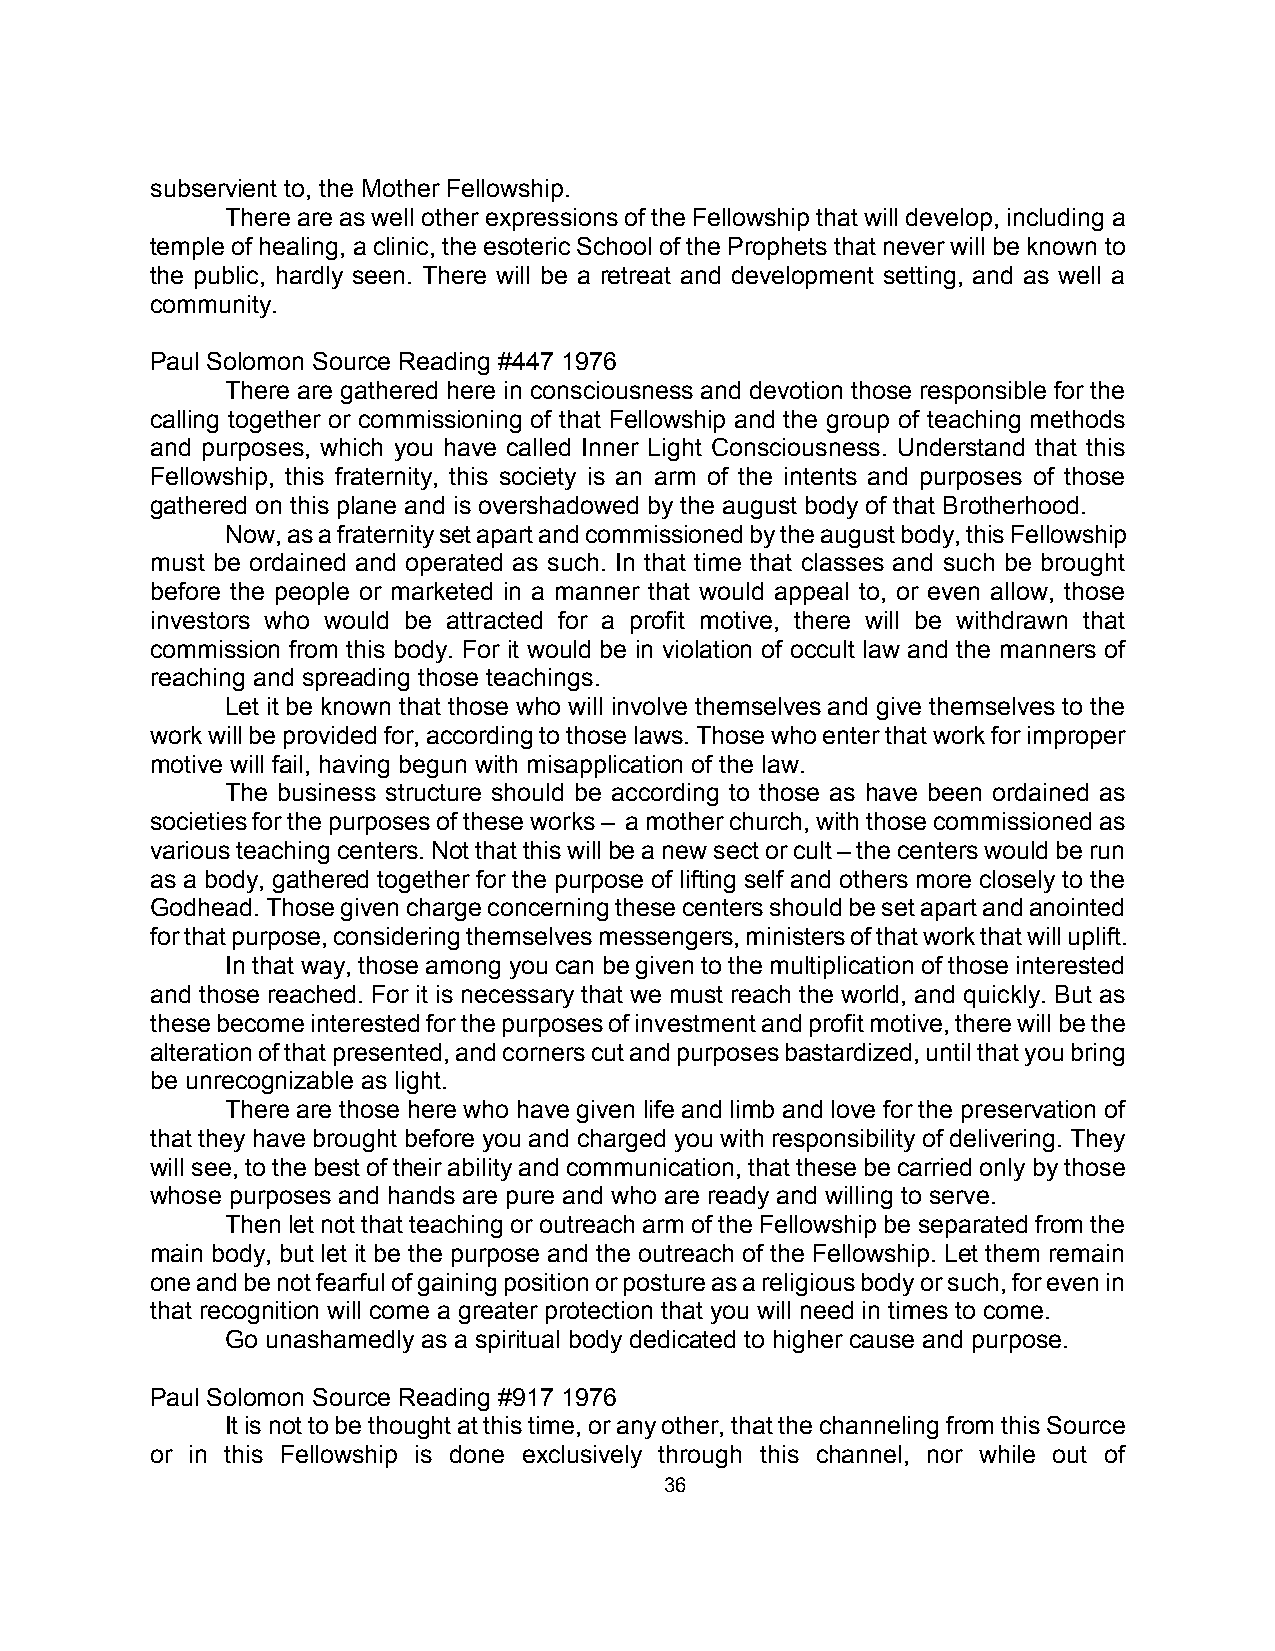
subservient to, the Mother Fellowship.
 There are as well other expressions of the Fellowship that will develop, including a
 temple of healing, a clinic, the esoteric School of the Prophets that never will be known to
 the public, hardly seen. There will be a retreat and development setting, and as well a
 community.
 Paul Solomon Source Reading #447 1976
 There are gathered here in consciousness and devotion those responsible for the
 calling together or commissioning of that Fellowship and the group of teaching methods
 and purposes, which you have called Inner Light Consciousness. Understand that this
 Fellowship, this fraternity, this society is an arm of the intents and purposes of those
 gathered on this plane and is overshadowed by the august body of that Brotherhood.
 Now, as a fraternity set apart and commissioned by the august body, this Fellowship
 must be ordained and operated as such. In that time that classes and such be brought
 before the people or marketed in a manner that would appeal to, or even allow, those
 investors who would be attracted for a profit motive, there will be withdrawn that
 commission from this body. For it would be in violation of occult law and the manners of
 reaching and spreading those teachings.
 Let it be known that those who will involve themselves and give themselves to the
 work will be provided for, according to those laws. Those who enter that work for improper
 motive will fail, having begun with misapplication of the law.
 The business structure should be according to those as have been ordained as
 societies for the purposes of these works – a mother church, with those commissioned as
 various teaching centers. Not that this will be a new sect or cult – the centers would be run
 as a body, gathered together for the purpose of lifting self and others more closely to the
 Godhead. Those given charge concerning these centers should be set apart and anointed
 for that purpose, considering themselves messengers, ministers of that work that will uplift.
 In that way, those among you can be given to the multiplication of those interested
 and those reached. For it is necessary that we must reach the world, and quickly. But as
 these become interested for the purposes of investment and profit motive, there will be the
 alteration of that presented, and corners cut and purposes bastardized, until that you bring
 be unrecognizable as light.
 There are those here who have given life and limb and love for the preservation of
 that they have brought before you and charged you with responsibility of delivering. They
 will see, to the best of their ability and communication, that these be carried only by those
 whose purposes and hands are pure and who are ready and willing to serve.
 Then let not that teaching or outreach arm of the Fellowship be separated from the
 main body, but let it be the purpose and the outreach of the Fellowship. Let them remain
 one and be not fearful of gaining position or posture as a religious body or such, for even in
 that recognition will come a greater protection that you will need in times to come.
 Go unashamedly as a spiritual body dedicated to higher cause and purpose.
 Paul Solomon Source Reading #917 1976
 It is not to be thought at this time, or any other, that the channeling from this Source
 or in this Fellowship is done exclusively through this channel, nor while out of
 36